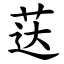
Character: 荙